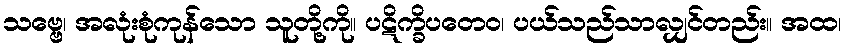
သဗ္ဗေ၊ အလုံးစုံကုန်သော သူတို့ကို။ ပဋိက္ခိပတေဝ၊ ပယ်သည်သာလျှင်တည်း။ အထ၊